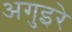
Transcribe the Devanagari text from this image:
अगुइरे